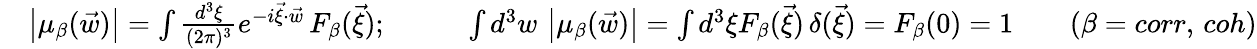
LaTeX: \begin{array}{rlr}&{\left|\mu_{\beta}(\vec{w})\right|=\int\frac{d^{3}\xi}{(2\pi)^{3}}e^{-i\vec{\xi}\cdot\vec{w}}\, F_{\beta}(\vec{\xi});\qquad}&{\int d^{3}w\, \left|\mu_{\beta}(\vec{w})\right|=\int d^{3}\xi F_{\beta}(\vec{\xi})\, \delta(\vec{\xi})=F_{\beta}(0)=1\qquad(\beta=corr,\, coh)}\end{array}